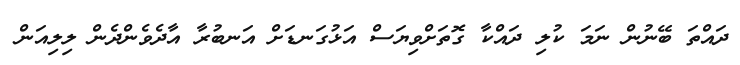
ދައްތަ ބޭނުން ނަމަ ކުލި ދައްކާ ގޮތަށްވިޔަސް އަޅުގަނޑަށް އަނބުރާ އާދެވެންދެން ލިލިއަން